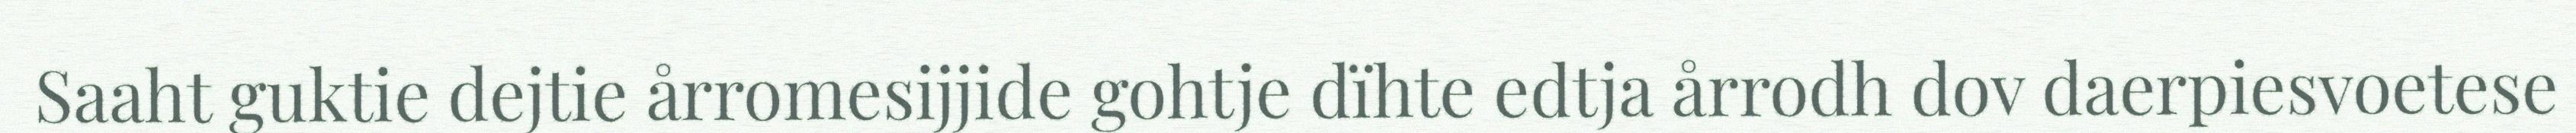
Saaht guktie dejtie årromesijjide gohtje dïhte edtja årrodh dov daerpiesvoetese